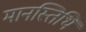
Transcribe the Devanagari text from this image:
मानस्तिथि